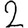
Digit: 2